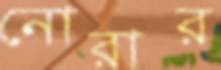
নোরার